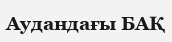
Аудандағы БАҚ